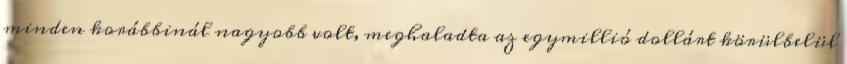
minden korábbinál nagyobb volt, meghaladta az egymillió dollárt körülbelül